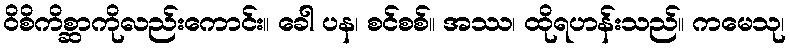
ဝိစိကိစ္ဆာကိုလည်းကောင်း။ ခေါ ပန၊ စင်စစ်။ အဿ၊ ထိုရဟန်းသည်။ ကမေသု၊